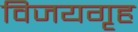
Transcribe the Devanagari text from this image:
विजयगृह